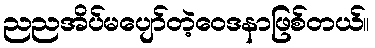
ညညအိပ်မပျော်တဲ့ဝေဒနာဖြစ်တယ်။